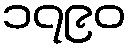
၁၇၉၀